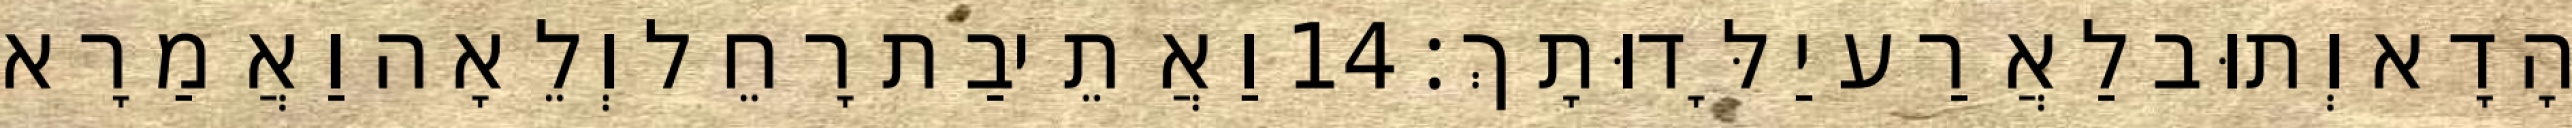
הָדָא וְתוּב לַאֲרַע יַלָּדוּתָךְ׃ 14 וַאֲתֵיבַת רָחֵל וְלֵאָה וַאֲמַרָא